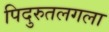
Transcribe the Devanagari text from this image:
पिदुरुतलगला